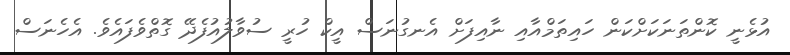
އުޅެނީ ކޮންތަނަކަށްކަން ހައިތަމްއާއި ނާއިފަށް އެނގުނަސް އީކް ހުރީ ސުވާލުއުފެދޭ ގޮތްވެފައެވެ. އެހެނަސް